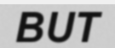
BUT